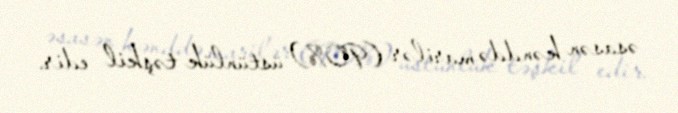
əsasən kənddə marilər (90%) üstünlük təşkil edir.